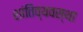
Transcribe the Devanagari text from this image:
शांतिव्यवस्था